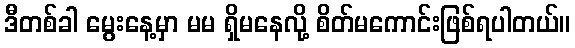
ဒီတစ်ခါ မွေးနေ့မှာ မမ ရှိမနေလို့ စိတ်မကောင်းဖြစ်ရပါတယ်။